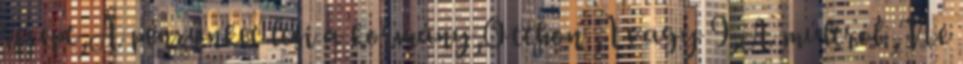
recept,A pénzünket lesi a kormány,Otthon ,1 vagy 9,A múltról.,Ne